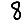
Digit: 8